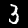
Label: 3